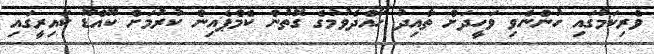
ވެރިކަމުގައި ހުންނެވި ވަހީދަށް ތާއިދު ހޯއްދެވުމުގެ ގޮތުން ކެމްޕެއިން ކުރުމަށް ކޫއްޑޫ ކައިރީގައި